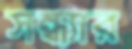
সন্ধ্যার